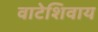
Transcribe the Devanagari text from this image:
वाटेशिवाय